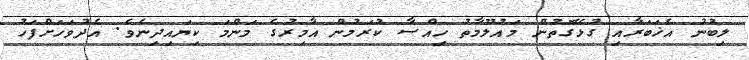
ލިބުނު އެޚަބަރާއި ގުޅޭގޮތުން މައުލޫމާތު ހިއްސާ ކުރަމުން އާމިރުގެ މަންމަ ކިޔައިދިނެވެ. އެދުވަހަށްފަހު